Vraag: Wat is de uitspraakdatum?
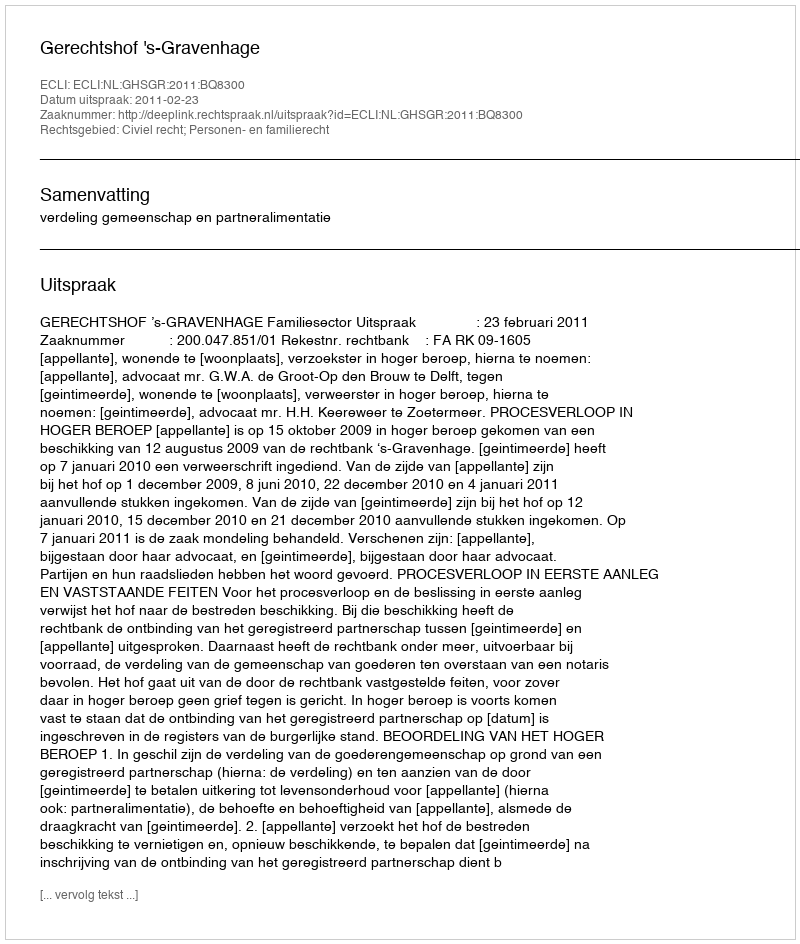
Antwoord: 2011-02-23